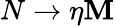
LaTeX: N\rightarrow\eta\mathbf{M}